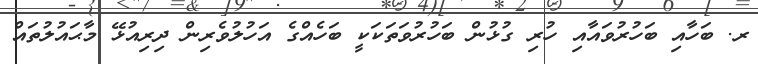
ރ. ބަހާއި ބަހުރުވައާއި ހުރި ގުޅުން ބަހުރުވަތަކަކީ ބަހެއްގެ އަހުލުވެރިން ދިރިއުޅޭ މާޙައުލުތައް